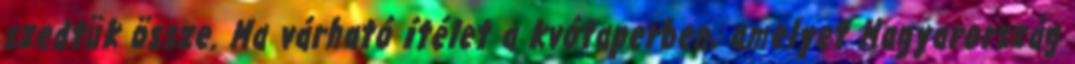
szedtük össze. Ma várható ítélet a kvótaperben, amelyet Magyarország